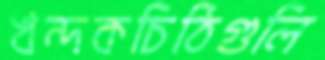
খন্দকচিঠিগুলি